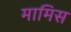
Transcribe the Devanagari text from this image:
मामिस